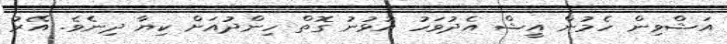
އަޝްވިން ހެމުން އީޝް އެދުވަހު އުޅުނު ގޮތް ހިންދުއަށް ކިޔާ ދިނެވެ. އޭރު